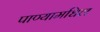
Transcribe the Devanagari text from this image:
पाण्यामधिल